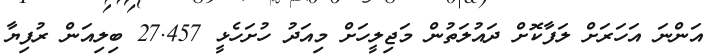
އަންނަ އަހަރަށް ލަފާކޮށް ދައުލަތުން މަޖިލީހަށް މިއަދު ހުށަހެޅީ 27.457 ބިލިއަން ރުފިޔާ